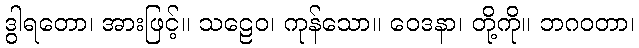
ဒွါရတော၊ အားဖြင့်။ သဠေဝ၊ ကုန်သော။ ဝေဒနာ၊ တို့ကို။ ဘဂဝတာ၊